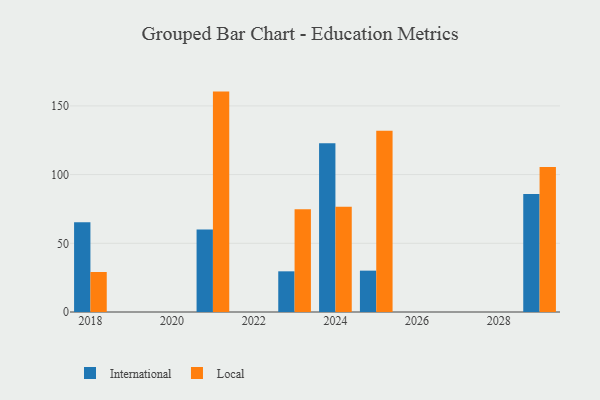
{"axis": {"x": "Year", "y": "Gross Profit (USD K)"}, "legend": ["International", "Local"], "data": [{"x": "2025", "y": 30.1, "type": "International"}, {"x": "2025", "y": 131.9, "type": "Local"}, {"x": "2029", "y": 85.9, "type": "International"}, {"x": "2029", "y": 105.5, "type": "Local"}, {"x": "2024", "y": 122.8, "type": "International"}, {"x": "2024", "y": 76.6, "type": "Local"}, {"x": "2018", "y": 65.3, "type": "International"}, {"x": "2018", "y": 29.1, "type": "Local"}, {"x": "2021", "y": 60.1, "type": "International"}, {"x": "2021", "y": 160.4, "type": "Local"}, {"x": "2023", "y": 29.6, "type": "International"}, {"x": "2023", "y": 74.8, "type": "Local"}]}